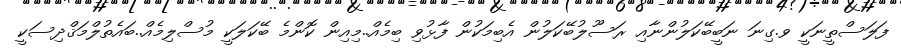
ފަލަސްތީނަކީ ވ.ގިނަ ނަބީބޭކަލުންނާއި ރަސޫލުބޭކަލުން އެބިމަކުން ފާޅުވި ބިމެއް..މިއިން ކޮންމެ ބޭކަލަކީ މުސްލިމެއް..ބައެތުލްމަޤްދިސަކީ